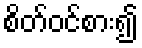
စိတ်ဝင်စား၍